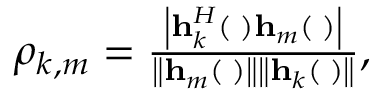
\begin{array} { r } { { \rho _ { k , m } } = \frac { { \left| { { \bf { h } } _ { k } ^ { H } \left( { \bf { \Theta } } \right) { { \bf { h } } _ { m } } \left( { \bf { \Theta } } \right) } \right| } } { { \left\| { { { \bf { h } } _ { m } } \left( { \bf { \Theta } } \right) } \right\| \left\| { { { \bf { h } } _ { k } } \left( { \bf { \Theta } } \right) } \right\| } } , } \end{array}